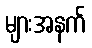
များအနက်